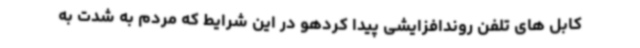
کابل های تلفن روندافزایشی پیدا کردهو در این شرایط که مردم به شدت به